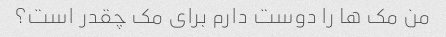
من مک ها را دوست دارم برای مک چقدر است؟